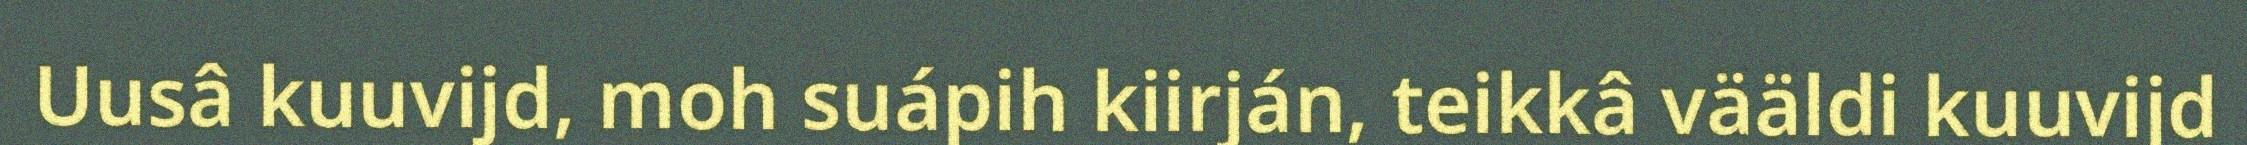
Uusâ kuuvijd, moh suápih kiirján, teikkâ vääldi kuuvijd